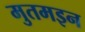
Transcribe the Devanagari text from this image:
मुतमइन